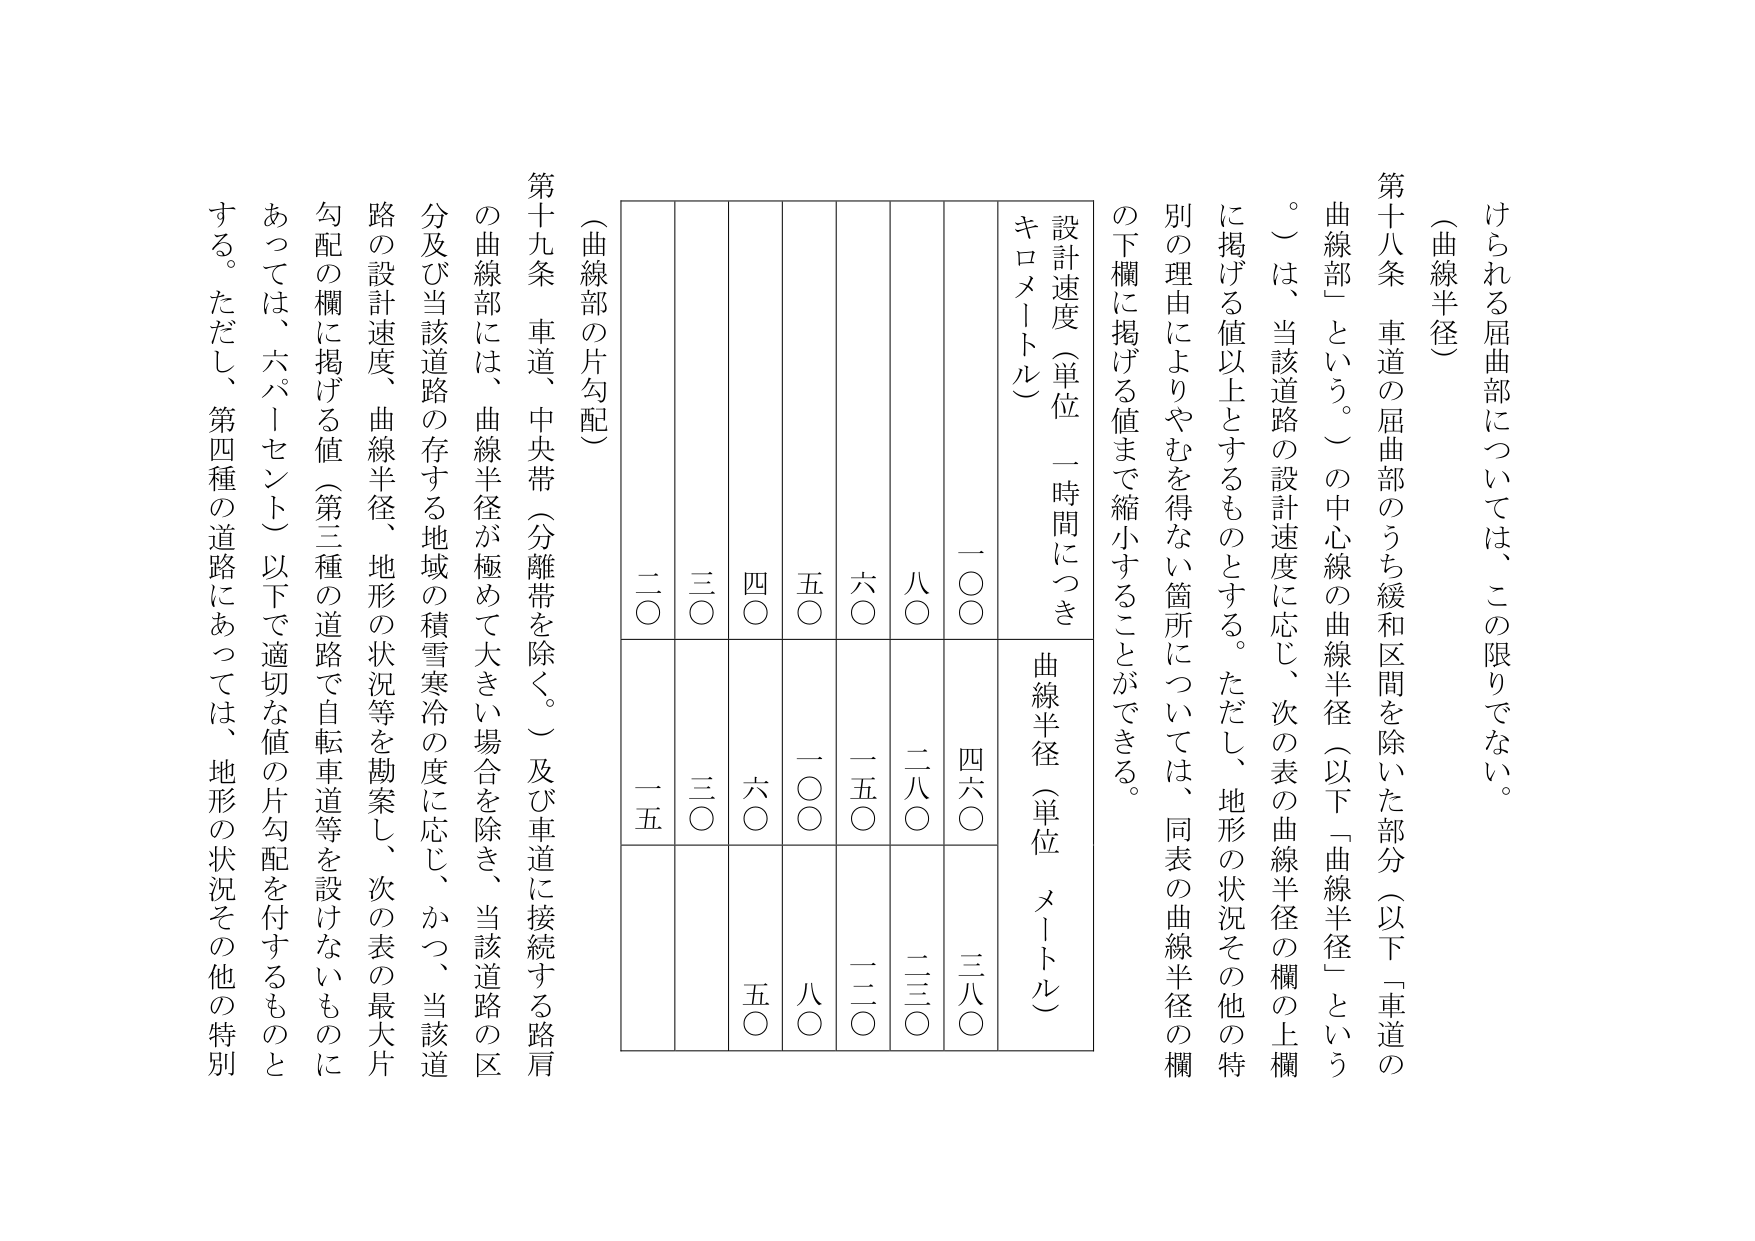
（曲線半径）

第十八条 車道の屈曲部のうち緩和区間を除いた部分（以下「車道の曲線部」という。）の中心線の曲線半径（以下「曲線半径」という。）は、当該道路の設計速度に応じ、次の表の曲線半径の欄の上欄に掲げる値以上とするものとする。ただし、地形の状況その他の特別の理由によりやむを得ない箇所については、同表の曲線半径の欄の下欄に掲げる値まで縮小することができる。

設計速度（単位 一時間につき キロメートル）
曲線半径（単位 メートル）

一〇〇　四六〇　三八〇
八〇　二八〇　二三〇
六〇　一五〇　一二〇
五〇　一〇〇　八〇
四〇　六〇　五〇
三〇　三〇
二〇　一五

（曲線部の片勾配）

第十九条 車道、中央帯（分離帯を除く。）及び車道に接続する路肩の曲線部には、曲線半径が極めて大きい場合を除き、当該道路の区分及び当該道路の存する地域の積雪寒冷の度に応じ、かつ、当該道路の設計速度、曲線半径、地形の状況等を勘案し、次の表の最大片勾配の欄に掲げる値（第三種の道路で自転車道等を設けないものにあっては、六パーセント）以下で適切な値の片勾配を付するものとする。ただし、第四種の道路にあっては、地形の状況その他の特別

けられる屈曲部については、この限りでない。